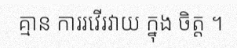
គ្មាន ការរវើរវាយ ក្នុង ចិត្ត ។